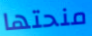
منحتها